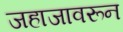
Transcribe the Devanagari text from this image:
जहाजावरून